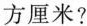
方厘米？